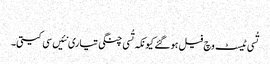
‏
تُسی ٹیسٹ وچ فیل ہو گئے کیونکہ تُسی چنگی تیاری نئیں سی کیتی۔